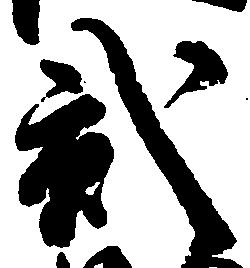
弐